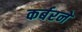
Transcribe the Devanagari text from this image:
कर्बरने